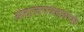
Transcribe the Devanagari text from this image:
अंदाजपत्रकाचा